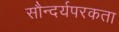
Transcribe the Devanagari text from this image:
सौन्दर्यपरकता